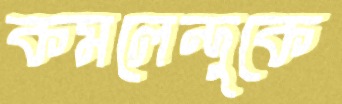
কমলেন্দুকে